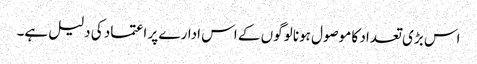
اس بڑی تعداد کا موصول ہونا لوگوں کے اس ادارے پر اعتماد کی دلیل ہے۔